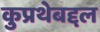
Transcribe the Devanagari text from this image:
कुप्रथेबद्दल